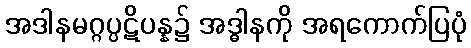
အဒါနမဂ္ဂပ္ပဋိပန္န၌ အဒ္ဓါနကို အရကောက်ပြပုံ